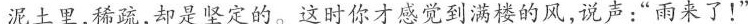
泥土里，稀疏，却是坚定的。这时你才感觉到满楼的风，说声：“雨来了！”